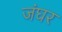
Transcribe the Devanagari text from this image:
जंघर